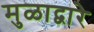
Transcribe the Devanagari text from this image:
मुळाद्वारे